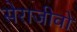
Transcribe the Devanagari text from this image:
सेराजीवो